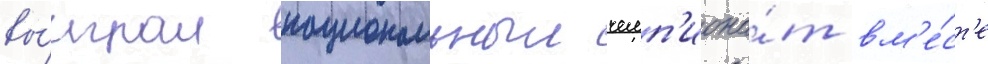
вы́играл национальныи чемп'иона́т вм'е́ст'е